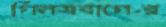
গিনসবার্গের